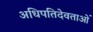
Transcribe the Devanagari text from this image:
अधिपतिदेवताओं